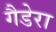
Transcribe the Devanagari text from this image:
गैडेरा